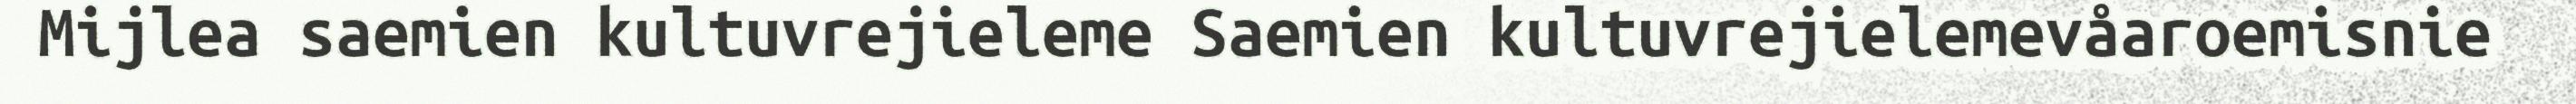
Mijlea saemien kultuvrejieleme Saemien kultuvrejielemevåaroemisnie